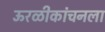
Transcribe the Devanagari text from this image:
ऊरळीकांचनला